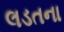
લડતના